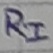
Text: RI